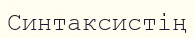
Синтаксистің